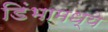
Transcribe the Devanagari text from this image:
डिंभामध्ये